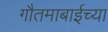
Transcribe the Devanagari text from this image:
गौतमाबाईच्या